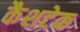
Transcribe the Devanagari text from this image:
कैशटेक